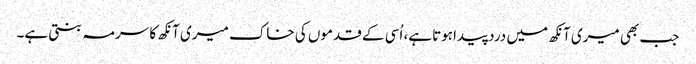
جب بھی میری آنکھ میں درد پیداہوتا ہے، اُسی کے قدموں کی خاک میری آنکھ کا سرمہ بنتی ہے۔